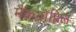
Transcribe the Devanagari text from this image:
मैकग्रॉहिल